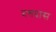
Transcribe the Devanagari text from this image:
दत्तदास